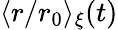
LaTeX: \langle r/r_{0}\rangle_{\xi}(t)